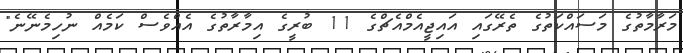
މަރާމާތުގެ މަސައްކަތުގެ ތެރޭގައި އައިޖީއެމްއެޗްގެ 11 ބުރީގެ އިމާރާތުގެ އެއްވެސް ކަމެއް ނުހިމެނޭނެ"